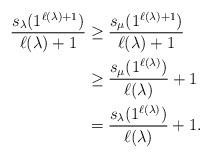
LaTeX: \begin{align*}\frac{s_{\lambda}(1^{\ell(\lambda)+1})}{\ell(\lambda)+1}&\geq\frac{s_{\mu}(1^{\ell(\lambda)+1})}{\ell(\lambda)+1}\\&\geq\frac{s_{\mu}(1^{\ell(\lambda)})}{\ell(\lambda)}+1\\&=\frac{s_{\lambda}(1^{\ell(\lambda)})}{\ell(\lambda)}+1.\end{align*}